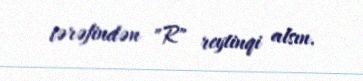
tərəfindən "R" reytinqi alsın.